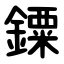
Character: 䥔